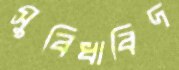
সুবিধাবিদ